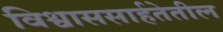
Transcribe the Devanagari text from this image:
विश्वाससार्हतेतील